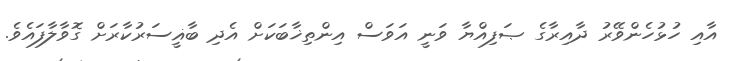
އާއި ހުޅުހެންވޭރު ދާއިރާގެ ޞަފިއްޔާ ވަނީ އަވަސް އިންތިޚާބަކަށް އެދި ބާޣީސަރުކާރަށް ގޮވާލާފައެވެ.